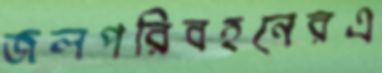
জলপরিবহনেরএ